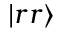
| r r \rangle